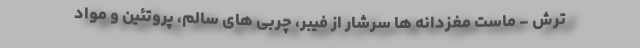
ترش - ماست مغزدانه ها سرشار از فیبر، چربی های سالم، پروتئین و مواد